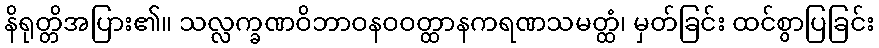
နိရုတ္တိအပြား၏။ သလ္လက္ခဏဝိဘာဝနဝဝတ္ထာနကရဏသမတ္ထံ၊ မှတ်ခြင်း ထင်စွာပြခြင်း